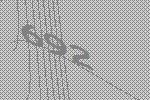
692